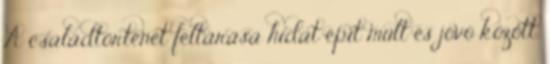
A családtörténet feltárása hidat épít múlt és jövõ között,